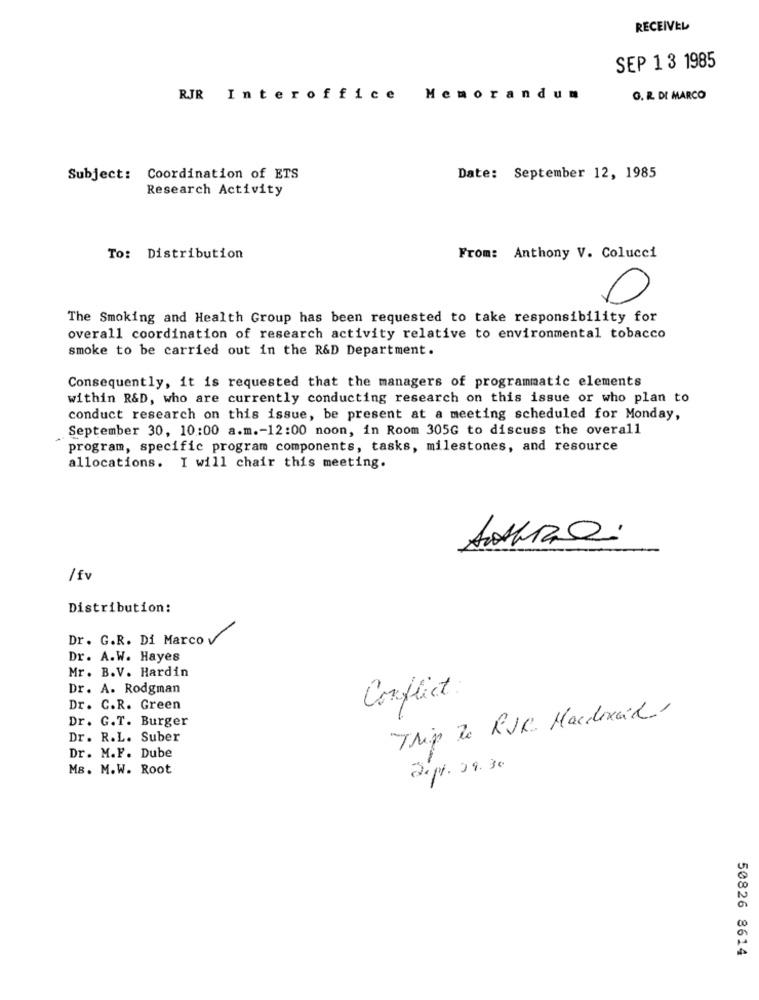
RECEIVEL
SEP 1 3 1985
RJR Interoffice
Memorandum
G. R. DI MARCO
Subject: Coordination of ETS
Date: September 12, 1985
Research Activity
To: Distribution
From: Anthony V. Colucci
0
The Smoking and Health Group has been requested to take responsibility for
overall coordination of research activity relative to environmental tobacco
smoke to be carried out in the R&D Department.
Consequently, it is requested that the managers of programmatic elements
within R&D, who are currently conducting research on this issue or who plan to
conduct research on this issue, be present at a meeting scheduled for Monday,
September 30, 10:00 a.m .- 12:00 noon, in Room 305G to discuss the overall
program, specific program components, tasks, milestones, and resource
allocations. I will chair this meeting.
Distribution:
Dr. G.R. Di Marco
Dr. A.W. Hayes
Mr. B.V. Hardin
Dr. A. Rodgman
Conflict:
Dr. C.R. Green
Trip De RUK Marconad
Dr. G.T. Burger
Dr. R.L. Suber
Dr. M.F. Dube
MB. M.W. Root
2.1. 08. 30
50826 8614